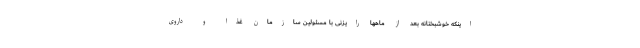
اینکه خوشبختانه بعد از ماهها رایزنی با مسئولین سازمان غذا و داروی